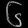
Digit: ၆